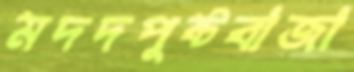
মদদপুষ্টবাজা